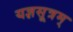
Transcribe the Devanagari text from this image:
यज्ञसूत्रम्